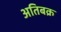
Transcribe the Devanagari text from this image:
अतिबक्र